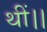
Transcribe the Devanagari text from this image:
थीं।।